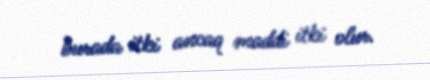
burada itki ancaq maddi itki olur.